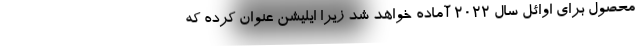
محصول برای اوائل سال 2022 آماده خواهد شد زیرا ایلیشن عنوان کرده که